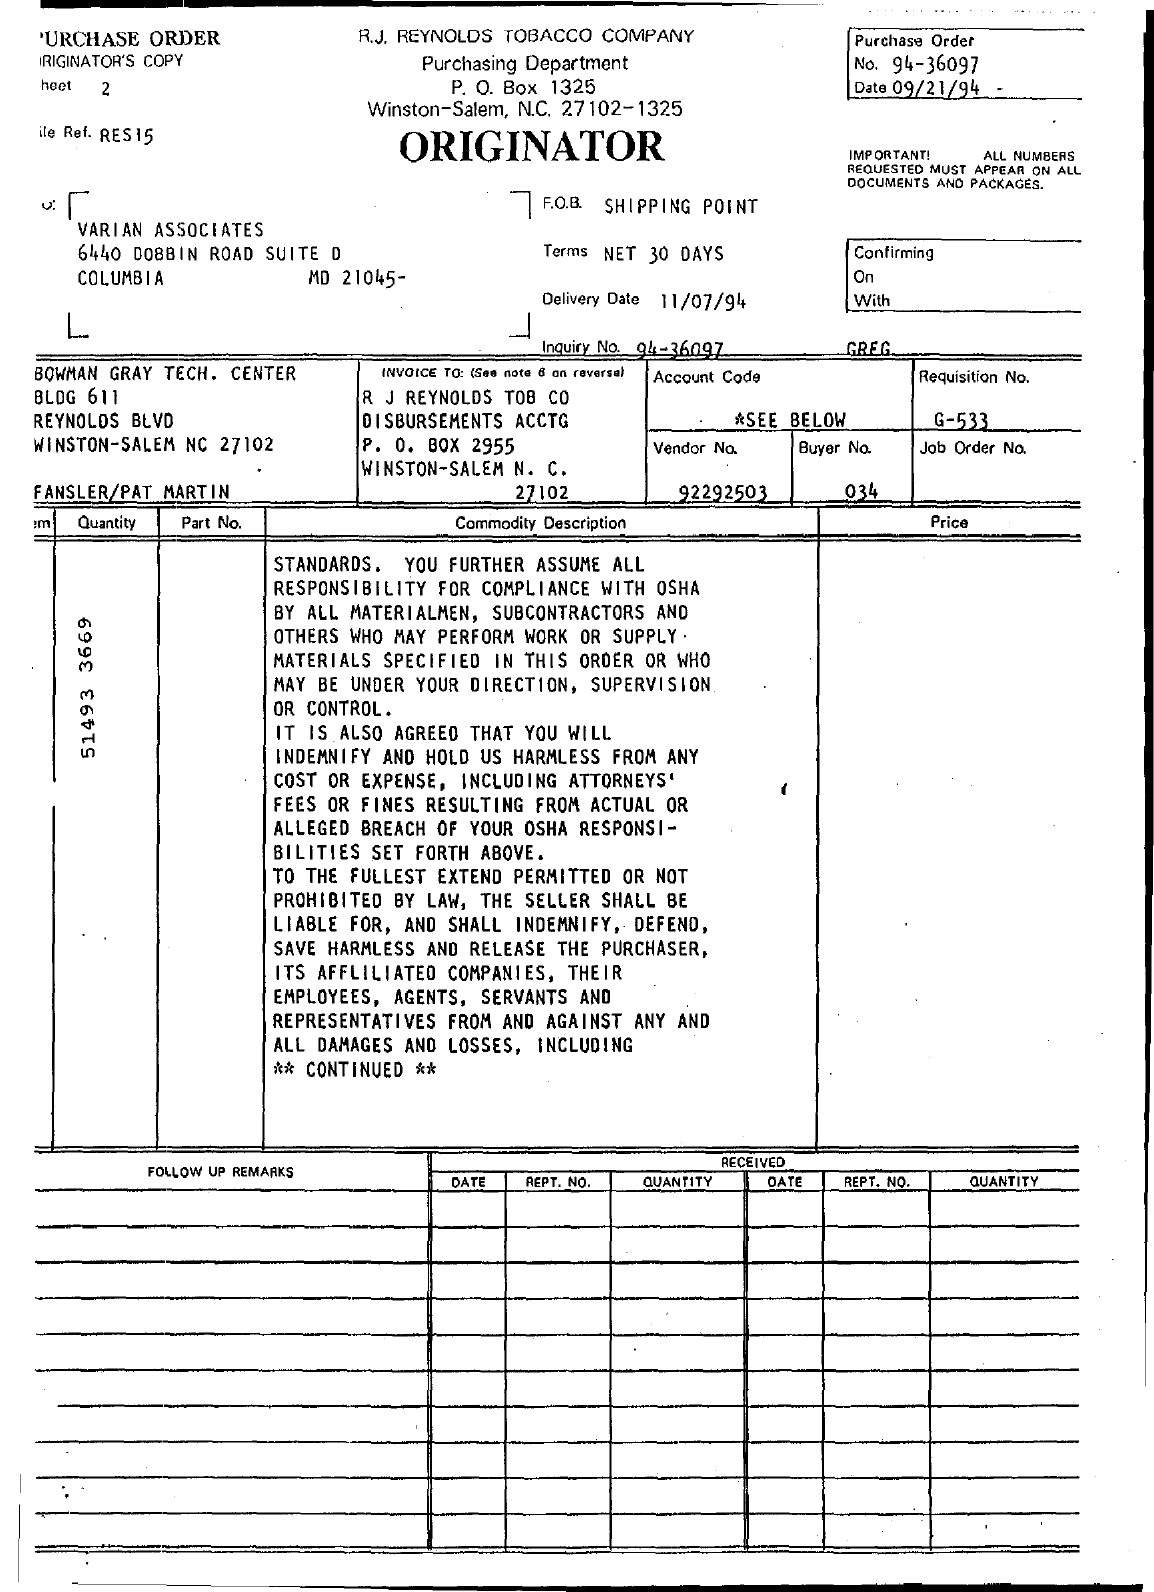
.... ... .... ....
   PURCHASE ORDER    R.J. REYNOLDS TOBACCO COMPANY    Purchase Order
   ORIGINATOR'S COPY    Purchasing Department    No. 94-36097
   heet 2    P. O. Box 1325
     Winston-Salem, N.C. 27102-1325
     Date 09/21/94
   ile Ref. RES15
     ORIGINATOR    IMPORTANT! ALL NUMBERS
     REQUESTED MUST APPEAR ON ALL
     7 F.O.B. SHIPPING POINT
     DOCUMENTS AND PACKAGES.
     VARIAN ASSOCIATES
     6440 DOBBIN ROAD SUITE D    Terms NET 30 DAYS    Confirming
     COLUMBIA    MD 21045-    On
     Delivery Date 11/07/94  With
     L
     Inquiry No. 94-36097.  GREG
   BOWMAN GRAY TECH. CENTER  INVOICE TO: (See note 8 on reversa) Account Code Requisition No.
   BLOG 611    R J REYNOLDS TOB CO
   REYNOLDS BLVD    DISBURSEMENTS ACCTG    *SEE BELOW    G-533
   WINSTON-SALEM NC 27102  P. O. BOX 2955
     WINSTON-SALEM N. C.
     Vendor No. Buyer No. Job Order No.
   FANSLER/PAT MARTIN    27102    92292503    034
     Quantity Part No.    Commodity Description    Price
     STANDARDS. YOU FURTHER ASSUME ALL
     RESPONSIBILITY FOR COMPLIANCE WITH OSHA
     BY ALL MATERIALMEN, SUBCONTRACTORS AND
     OTHERS WHO MAY PERFORM WORK OR SUPPLY .
     MATERIALS SPECIFIED IN THIS ORDER OR WHO
     MAY BE UNDER YOUR DIRECTION, SUPERVISION
     OR CONTROL.
     IT IS ALSO AGREED THAT YOU WILL
     INDEMNIFY AND HOLD US HARMLESS FROM ANY
     51493
     3669
     COST OR EXPENSE, INCLUDING ATTORNEYS'
     FEES OR FINES RESULTING FROM ACTUAL OR
     ALLEGED BREACH OF YOUR OSHA RESPONSI-
     BILITIES SET FORTH ABOVE.
     TO THE FULLEST EXTEND PERMITTED OR NOT
     PROHIBITED BY LAW, THE SELLER SHALL BE
     LIABLE FOR, AND SHALL INDEMNIFY, DEFEND,
     SAVE HARMLESS AND RELEASE THE PURCHASER,
     ITS AFFLILIATED COMPANIES, THEIR
     EMPLOYEES, AGENTS, SERVANTS AND
     REPRESENTATIVES FROM AND AGAINST ANY AND
     ALL DAMAGES AND LOSSES, INCLUDING
     ** CONTINUED **
     FOLLOW UP REMARKS
     RECEIVED
     DATE REPT. NO. QUANTITY DATE REPT. NO. QUANTITY